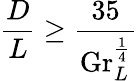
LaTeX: {\frac{D}{L}}\geq{\frac{35}{\mathrm{Gr}_{L}^{\frac{1}{4}}}}